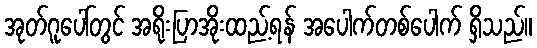
အုတ်ဂူပေါ်တွင် အရိုးပြာအိုးထည့်ရန် အပေါက်တစ်ပေါက် ရှိသည်။